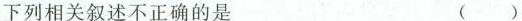
下列相关叙述不正确的是 ( )